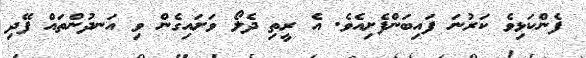
ފެންކަޅިވެ ކަރުނަ ފައިބަންފެށިއެވެ. އެ ރީތި ދެލޯ ވަށައިގެން ވި އަނދުންތައް ފޭދި